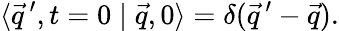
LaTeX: \langle\vec{q}\, ^{\prime},t=0\mid\vec{q},0\rangle=\delta(\vec{q}\, ^{\prime}-\vec{q}).